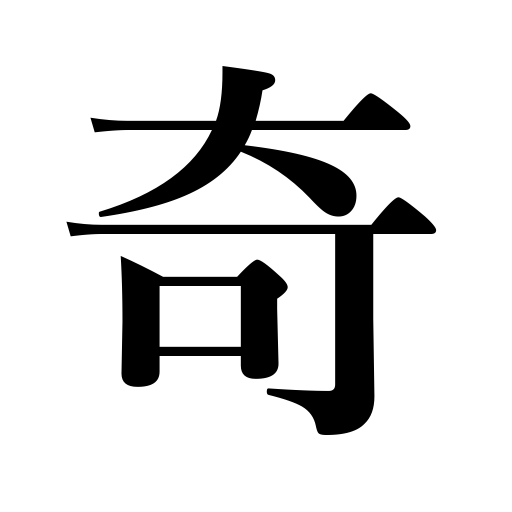
Meanings: eccentricity,strangeness,curiosity